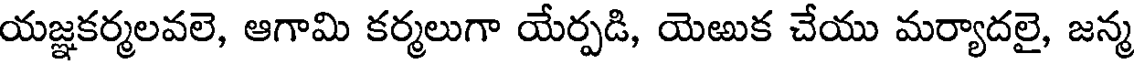
యజ్ఞకర్మలవలె, ఆగామి కర్మలుగా యేర్పడి, యెఱుక చేయు మర్యాదలై, జన్మ